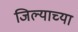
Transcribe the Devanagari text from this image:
जिल्याच्या